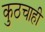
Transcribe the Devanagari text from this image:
कुठचाही